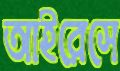
আইরেসে